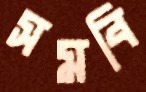
সমবি